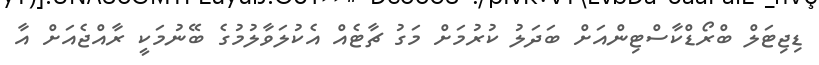
ޑިޖިޓަލް ބްރޯޑްކާސްޓިންއަށް ބަދަލު ކުރުމަށް މަގު ޗާޓެއް އެކުލަވާލުމުގެ ބޭނުމަކީ ރާއްޖެއަށް އާ